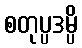
စတုပ္ပဒမ္ပိ